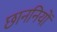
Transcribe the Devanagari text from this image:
छाननियों